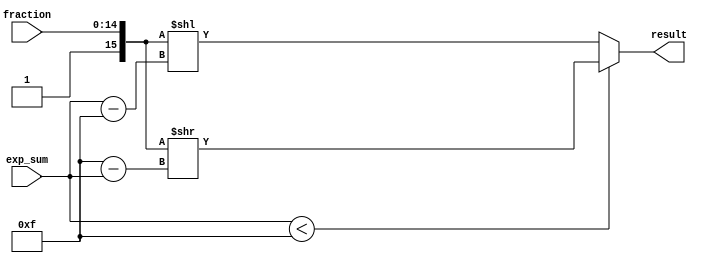
// This program was cloned from: https://github.com/iCAS-Lab/APTPU
// License: MIT License

// MIT License
// 
// Copyright (c) 2021-2024 iCAS Lab
// 
// Permission is hereby granted, free of charge, to any person obtaining a copy
// of this software and associated documentation files (the "Software"), to deal
// in the Software without restriction, including without limitation the rights
// to use, copy, modify, merge, publish, distribute, sublicense, and/or sell
// copies of the Software, and to permit persons to whom the Software is
// furnished to do so, subject to the following conditions:
// 
// The above copyright notice and this permission notice shall be included in all
// copies or substantial portions of the Software.
// 
// THE SOFTWARE IS PROVIDED "AS IS", WITHOUT WARRANTY OF ANY KIND, EXPRESS OR
// IMPLIED, INCLUDING BUT NOT LIMITED TO THE WARRANTIES OF MERCHANTABILITY,
// FITNESS FOR A PARTICULAR PURPOSE AND NONINFRINGEMENT. IN NO EVENT SHALL THE
// AUTHORS OR COPYRIGHT HOLDERS BE LIABLE FOR ANY CLAIM, DAMAGES OR OTHER
// LIABILITY, WHETHER IN AN ACTION OF CONTRACT, TORT OR OTHERWISE, ARISING FROM,
// OUT OF OR IN CONNECTION WITH THE SOFTWARE OR THE USE OR OTHER DEALINGS IN THE
// SOFTWARE.

// Company: iCAS Lab, University of South Carolina
// Design Name: 
// Module Name: LBC
// Project Name: 
// Target Devices: 
// Tool Versions: 
// Description: Logarithmic-Binary converter (LBC)
//  anti-logarithmic converter
// Dependencies: 
// 
// Revision:
// Revision 0.01 - File Created
// Additional Comments:
// 
//////////////////////////////////////////////////////////////////////////////////



`timescale 1ns / 1ps
	
module LBC #(parameter LOG2_WIDTH = 4, WIDTH = 2**LOG2_WIDTH) //WIDTH --> input data width
(
input	wire	[WIDTH-2:0]			fraction, // fraction part
input	wire	[LOG2_WIDTH:0]		exp_sum, //sum of exponent
output          [2*WIDTH-1:0]       result  // original form = 2*BW 
);

wire [WIDTH-1:0] conct_fraction; 

wire [LOG2_WIDTH:0] t_shamt_r,t_shamt_l;

assign t_shamt_r = (WIDTH-1)-exp_sum;           // Shift right if Width-1 is greater than exp_sum 
assign t_shamt_l = exp_sum-(WIDTH-1);           // Shift left if Width-1 is less than exp_sum 
/* Note: Later we can change them in a way that we  
    can compute one and let the one be the two's 
    complement of the other Because one is the 
    negative form of the other                          */


assign conct_fraction = {1'b1,fraction} ;              // We do this for error reduction (read the paper for more information about why we do this in the implementation - Elbtity)

assign result = (exp_sum<(WIDTH-1))? conct_fraction >> t_shamt_r :  conct_fraction << t_shamt_l;  

endmodule